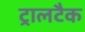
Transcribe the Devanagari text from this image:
ट्रालटैक